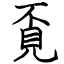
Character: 覔